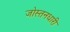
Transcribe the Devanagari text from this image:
जोस्तनधारी